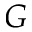
{ \cal G }